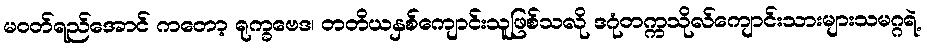
မဝတ်ရည်အောင် ကတော့ ရုက္ခဗေဒ၊ တတိယနှစ်ကျောင်းသူဖြစ်သလို ဒဂုံတက္ကသိုလ်ကျောင်းသားများသမဂ္ဂရဲ့